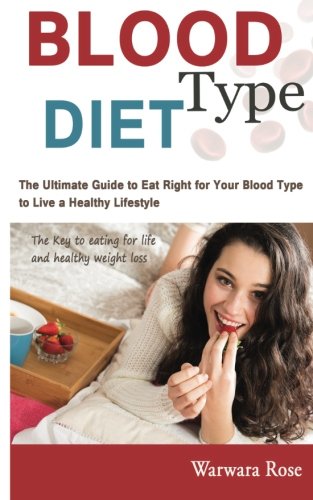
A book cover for Blood Type Diet: The Ultimate Guide to Eat Right for Your Blood Type to Live a Healthy Lifestyle, The key to eating for life and healthy weight loss; Warwara Rose; Health, Fitness & Dieting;